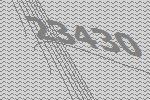
23430